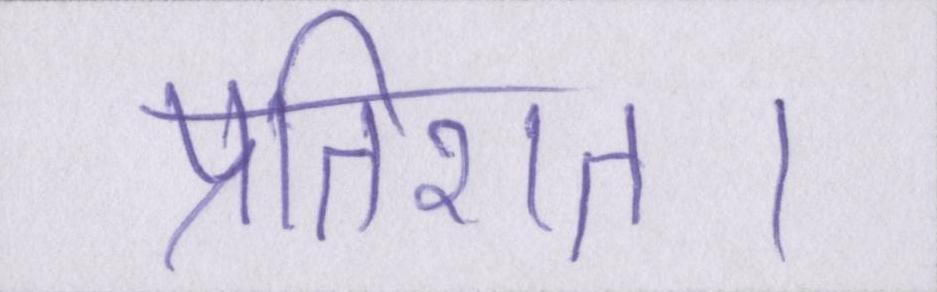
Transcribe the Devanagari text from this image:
प्रतिशत।